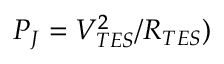
P _ { J } = V _ { T E S } ^ { 2 } / R _ { T E S } )